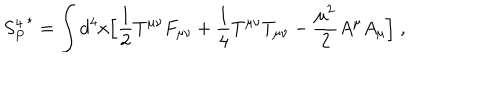
{ S _ { P } ^ { 4 } } ^ { \star } = \int d ^ { 4 } x \Bigl [ { \frac { 1 } { 2 } } T ^ { \mu \nu } F _ { \mu \nu } + { \frac { 1 } { 4 } } T ^ { \mu \nu } T _ { \mu \nu } - { \frac { { \mu } ^ { 2 } } { 2 } } A ^ { \mu } A _ { \mu } \Bigl ] \; ,